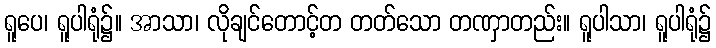
ရူပေ၊ ရူပါရုံ၌။ အာသာ၊ လိုချင်တောင့်တ တတ်သော တဏှာတည်း။ ရူပါသာ၊ ရူပါရုံ၌